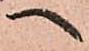
へ